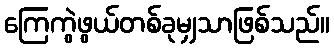
ကြေကွဲဖွယ်တစ်ခုမျှသာဖြစ်သည်။